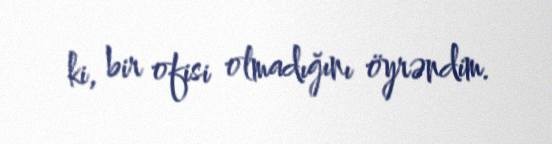
ki, bir ofisi olmadığını öyrəndim.